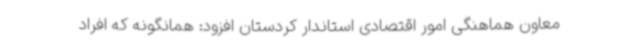
معاون هماهنگی امور اقتصادی استاندار کردستان افزود: همانگونه که افراد